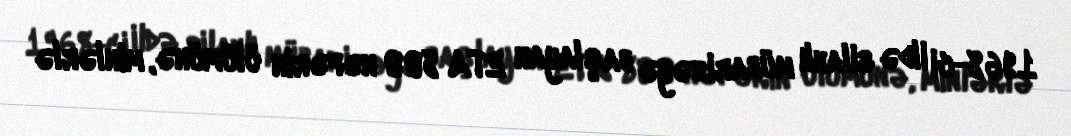
1968-ci ildə silahlı mübarizəyə başlayan ETA 800 nəfərin ölümünə, minlərlə